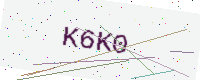
Text: K6K0